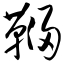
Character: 鞴